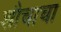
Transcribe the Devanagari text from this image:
शौचाचा